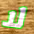
لا